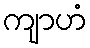
ကျာဟံ